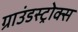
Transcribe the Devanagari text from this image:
ग्राउंडस्ट्रोक्स